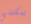
يمكنني